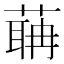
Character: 䔜